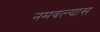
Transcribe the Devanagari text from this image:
नमवल्यास